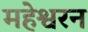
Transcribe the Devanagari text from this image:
महेश्वरन